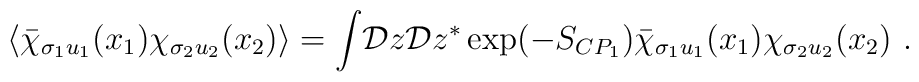
\langle\bar\chi_{\sigma_1u_1}(x_1)\chi_{\sigma_2u_2}(x_2)\rangle=\int\!{\cal D}z{\cal D}z^*\exp(-S_{CP_1})\bar\chi_{\sigma_1u_1}(x_1)\chi_{\sigma_2u_2}(x_2)~.